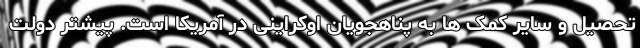
تحصیل و سایر کمک ها به پناهجویان اوکراینی در آمریکا است. پیشتر دولت